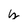
Character: y